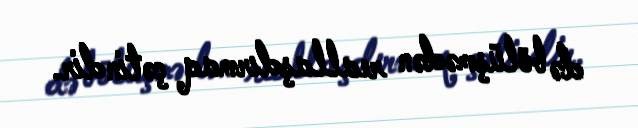
də bölüşmədən reallaşdırmaq çətindir.